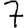
Digit: 7